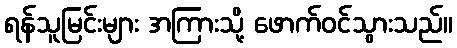
ရန်သူမြင်းများ အကြားသို့ ဖောက်ဝင်သွားသည်။